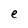
Character: e